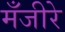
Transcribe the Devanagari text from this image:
मँजीरे